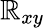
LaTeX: \mathbb{R}_{xy}